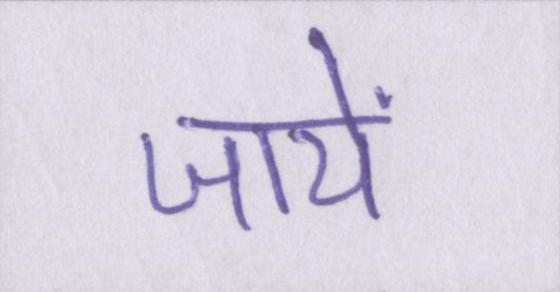
जायें